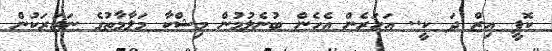
ކޮފީ އިޒް ދަ ކީ.. އަހަރެން އެހެން ބުނެލުމުން މިޝްކާ މަލާމާތުގެ ނަޒަރަކުން